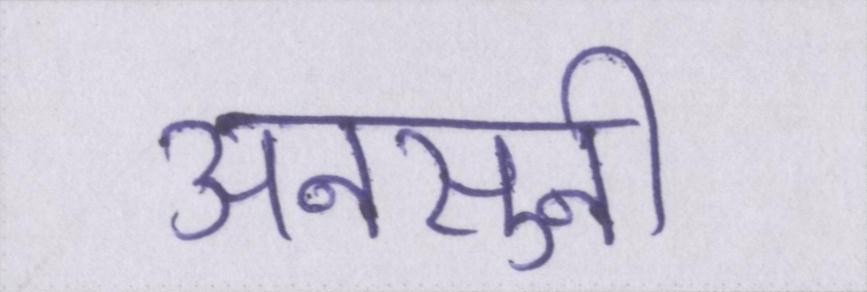
अनसुनी